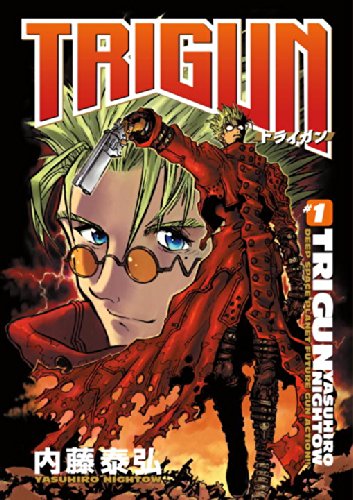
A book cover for Trigun Anime Manga Volume 1; Yasuhiro Nightow; Teen & Young Adult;